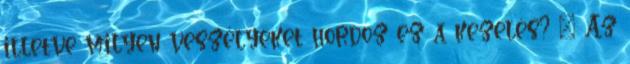
illetve milyen veszélyeket hordoz ez a kezelés? – Az